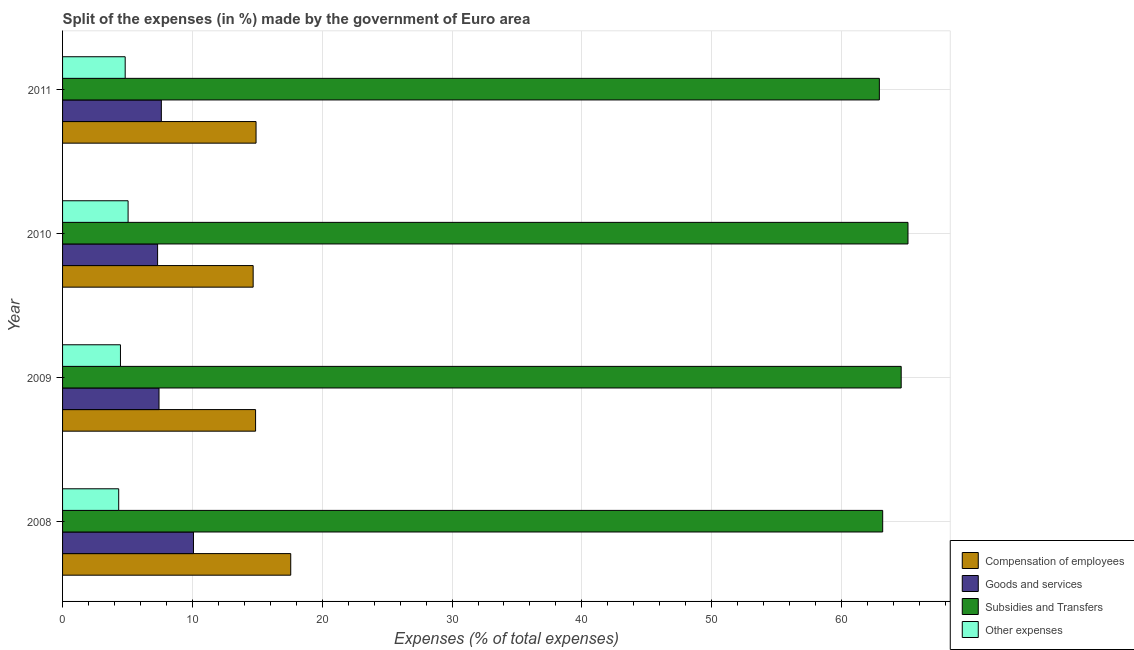
| Year | Compensation of employees | Goods and services | Subsidies and Transfers | Other expenses |
 | --- | --- | --- | --- | --- |
 | 2008 | 17.6 | 10.1 | 63.2 | 4.32 |
 | 2009 | 14.9 | 7.43 | 64.6 | 4.46 |
 | 2010 | 14.7 | 7.32 | 65.1 | 5.05 |
 | 2011 | 14.9 | 7.61 | 62.9 | 4.82 |